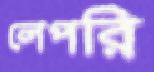
লেপরি